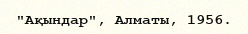
"Ақындар", Алматы, 1956.